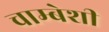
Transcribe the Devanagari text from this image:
चाम्बेशी